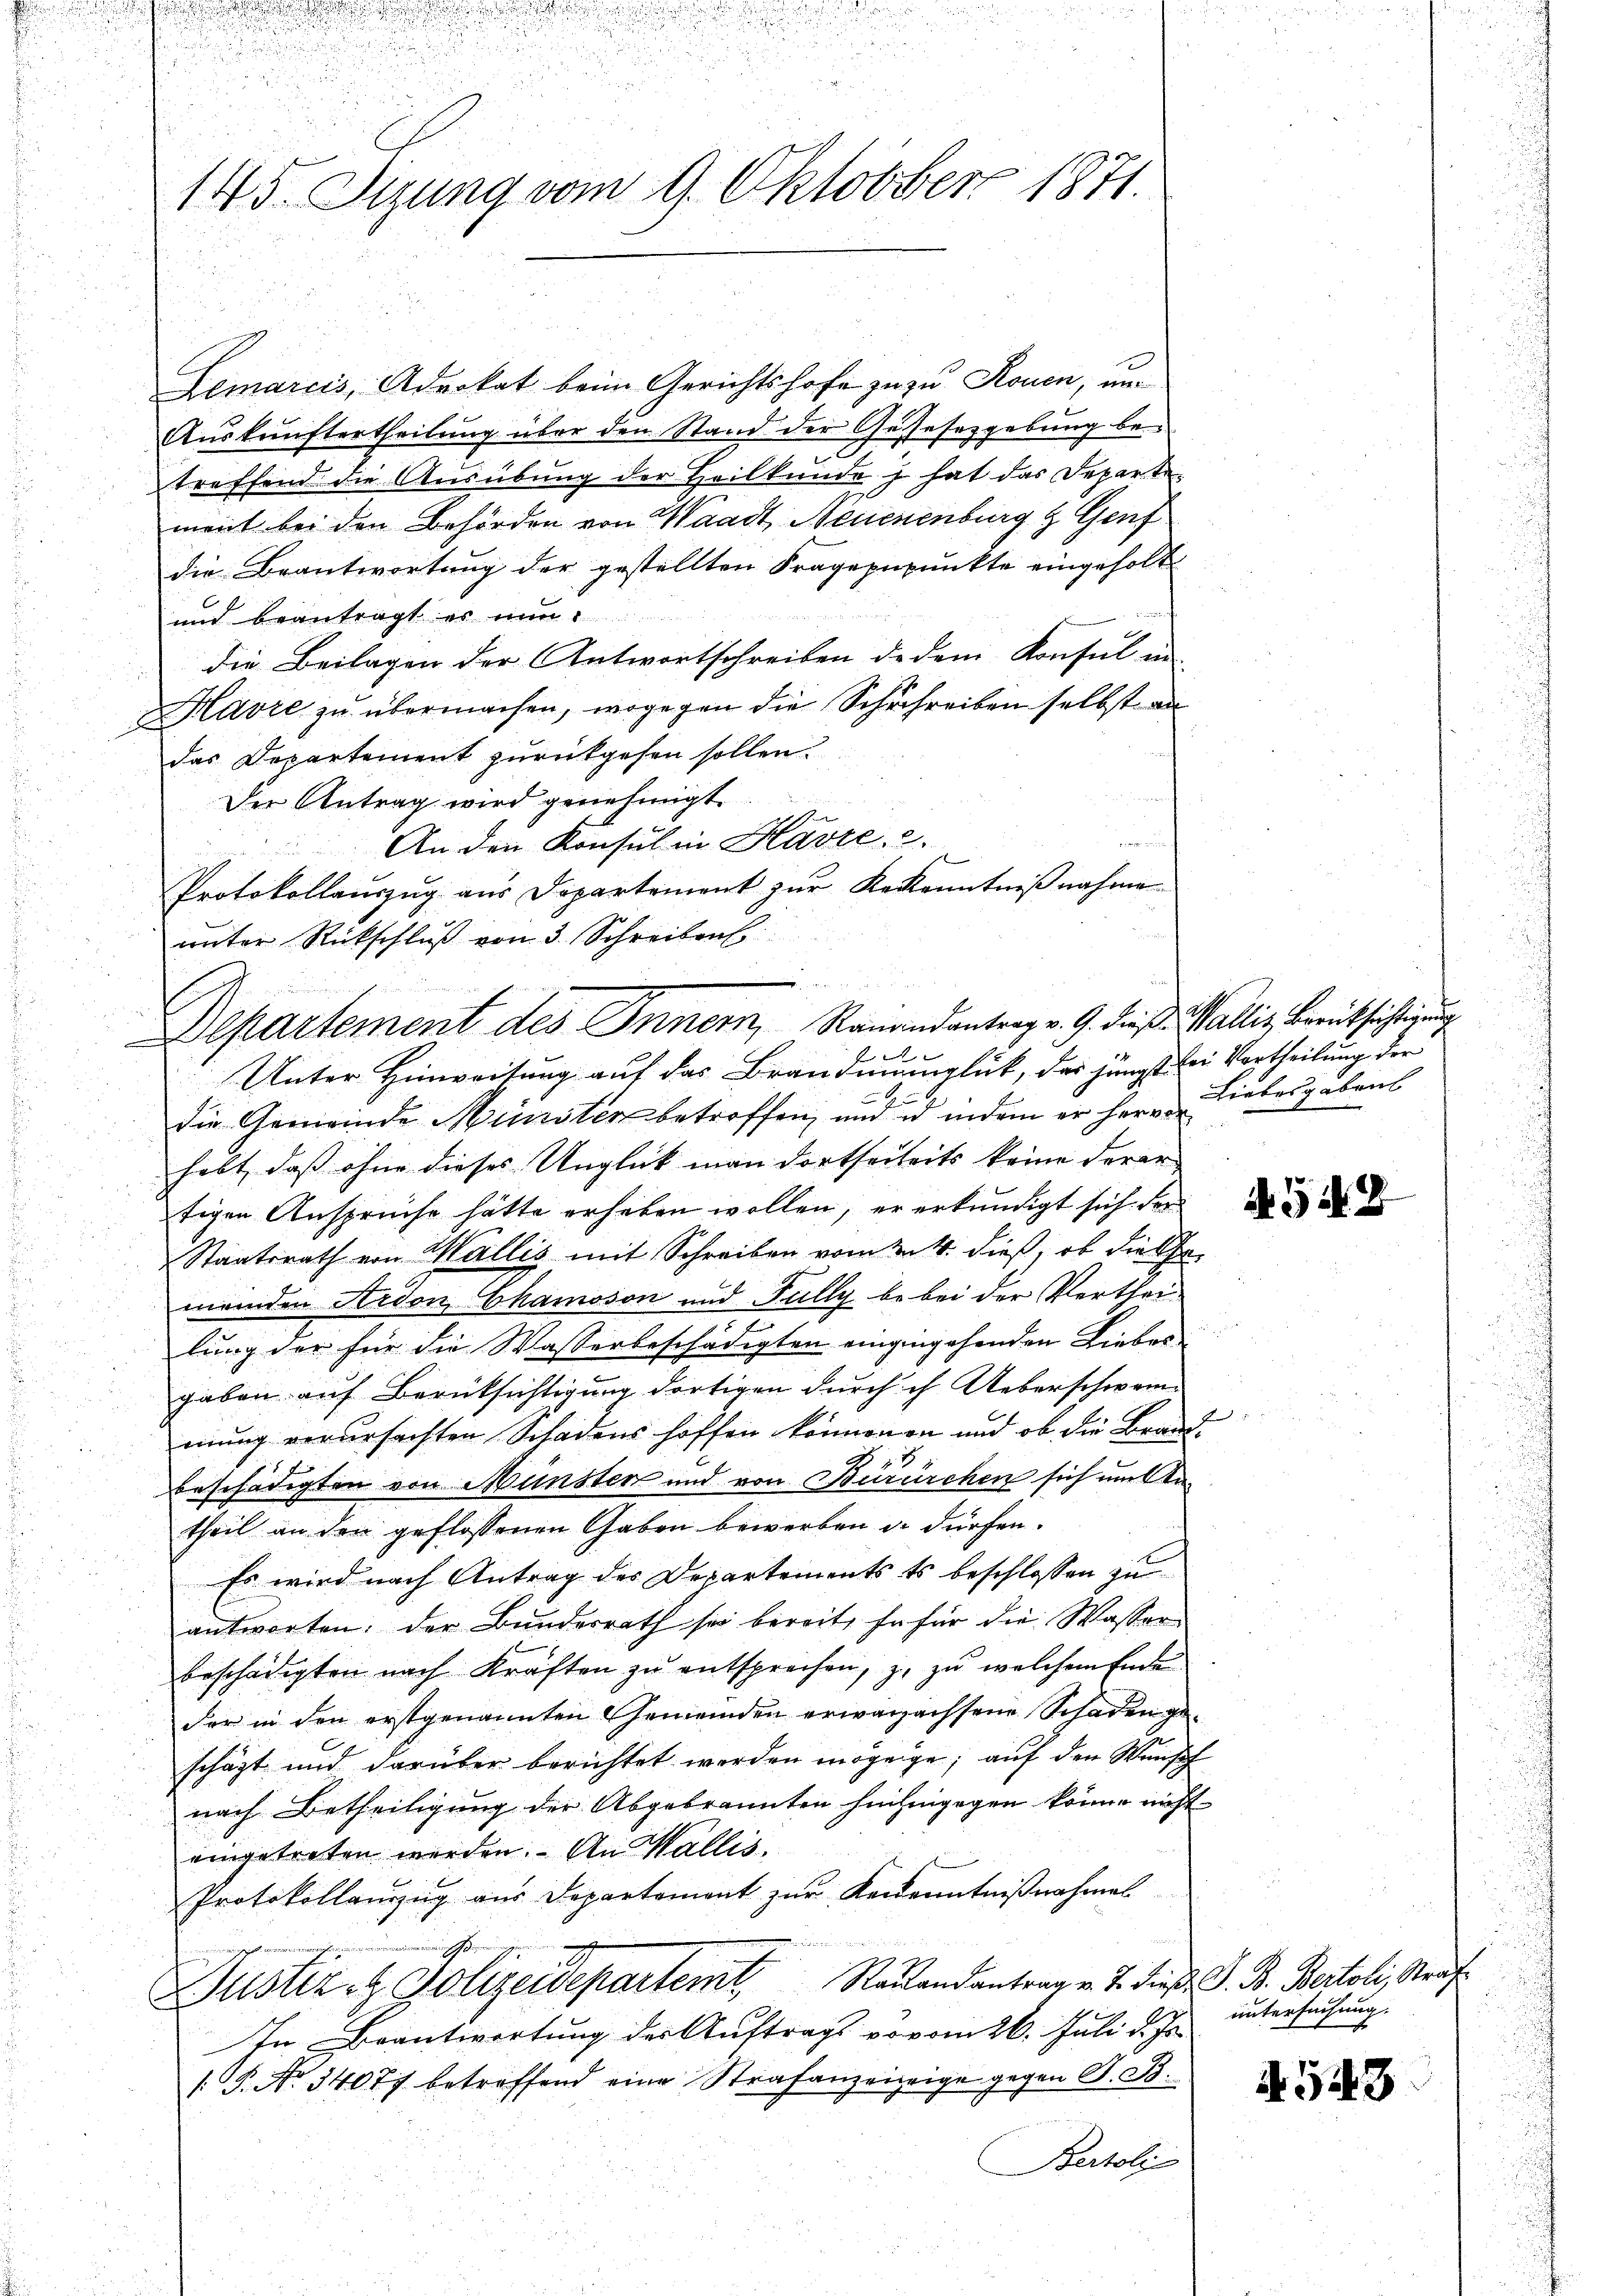
145. Stung vom 9. Oktober 1871.

Demarcis, Advokat beim Gerichtshofe zu zu Rouen, un¬
Aŭskŭnftertheilung über den Stand der Gesetzgebung betreffend die Ausübung der Heilkunde i hat das Departe
ment bei den Behörden von Waadt, Neuenenburg & Genf
die Beantwortung der gestellten Fragepupunkte eingeholt
und beantragt es nun
die Beilagen der Antwortschreiben de dem Konsul in
Mavre zu übermachen, wogegen die Schuchreiben selbst au
das Departement zurückgehen sollen.
Der Antrag wird genehmigt.
An den Konsul in Havre .
Protokollauszug aus Departement zur Bekenntniß nahme
unter Rückschluß von 3. Schreibens
Unter Hinweitung auf das Brandnunglück, das jüngst bei Vortheilung der
die Gemeinde Minister betroffen, und in indem er hervon
habt, daß ohne dieses Unglück man dortseiheits keine derer
tigen Anspruche hätte erheben wollen, er erkundigt sich der
Staatsrath von Wallis mit Schreiben vom 24. dieß, ob diese
meinden Ardon Chamoson und Fully bebei der Vertheilung der für die Wasserbeschädigten eingingehenden Liebes
gaben auf Berücksichtigung dortigen durch ich Ueberschwemmung verursachten Schadens hoffen könnenen und ob die Brand-
2
beschädigten von Münster und von Bürürchen sich um Antheil an den geflossenen Gaben bewerben u. dürfen.
Es wird nach Antrag des Departementsts beschlossen zu
antworten: der Bundesrath sei bereit, fo für die Wasser
beschädigten nach Kräften zu entsprechen, z. zu welchem Ende
der in den erstgenannten Gemeinden erwachachsene Schaden geschäft und darüber berichtet werden mögeige, auf den Wunsch
nach Betheiligung der Abgebrannten hinhingegen könne nicht
eingetreten werden. An Wallis.
Protokollauszug aus Departement zur Venenntnißnahmes
Justiz- & Polizeidepartemt. Raŭandantrag v. J. diese S. B. Bertoli, Straf
In Beantwortung der Auftrags vovom 26. Juli d. Js.
 P. No 34077 betreffend eine Strafanzeigeige gegen A. S.
Bertoli

Departement des Inner, Ranandantrag v. G. dieß. Wallis, Berücksichtigung
2

Liebesgaben

454.

untersuchung.

A. 548